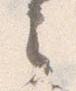
之